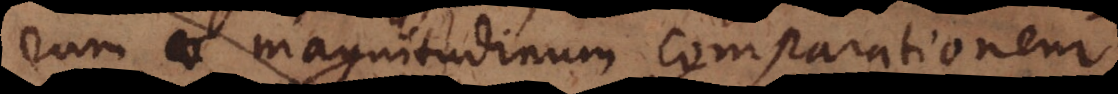
rum magnitudinum comparationem